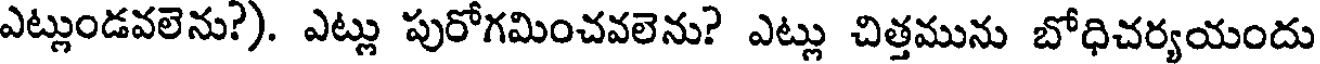
ఎట్లుండవలెను?). ఎట్లు పురోగమించవలెను? ఎట్లు చిత్తమును బోధిచర్యయందు